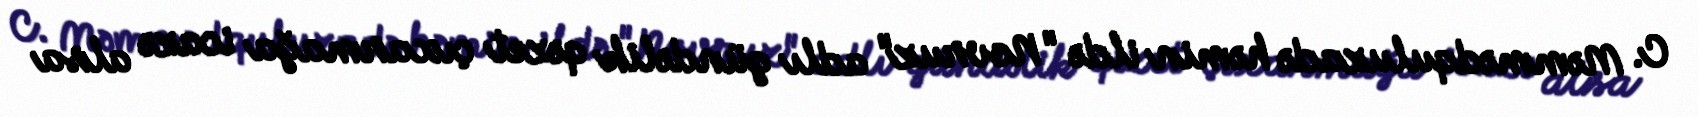
C. Məmmədquluzadə həmin ildə "Novruz" adlı gündəlik qəzet çıxarmağa icazə alsa